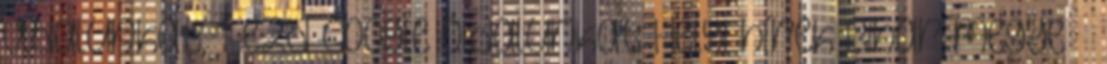
oldalunkat, 1-ezd Google oldalunkat Helyi hírek Bihar megye –